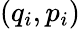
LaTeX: (q_{i},p_{i})